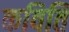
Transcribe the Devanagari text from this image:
कविति